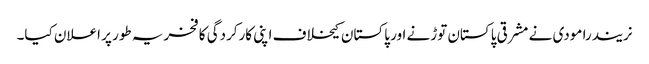
نریندرا مودی نے مشرقی پاکستان توڑنے اور پاکستان کیخلاف اپنی کارکردگی کا فخریہ طور پر اعلان کیا۔